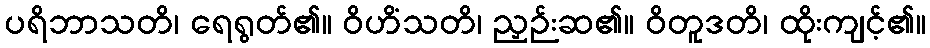
ပရိဘာသတိ၊ ရေရွတ်၏။ ဝိဟိံသတိ၊ ညှဉ်းဆ၏။ ဝိတူဒတိ၊ ထိုးကျင့်၏။